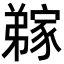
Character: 𭛊